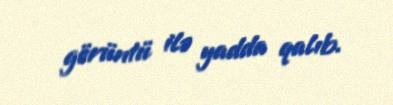
görüntü ilə yadda qalıb.